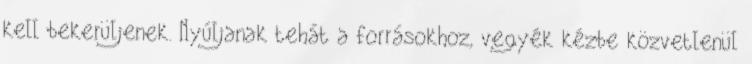
kell bekerüljenek. Nyúljanak tehát a forrásokhoz, vegyék kézbe közvetlenül